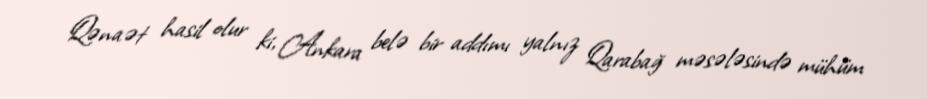
Qənaət hasil olur ki, Ankara belə bir addımı yalnız Qarabağ məsələsində mühüm